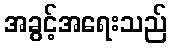
အခွင့်အရေးသည်